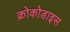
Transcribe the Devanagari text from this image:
क्रोकोडाइस